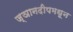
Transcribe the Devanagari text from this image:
ज्ञानदीपमधून